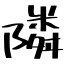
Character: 隣